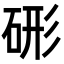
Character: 𥒱